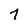
Character: 7